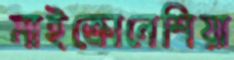
মাইক্রোনেশিয়া